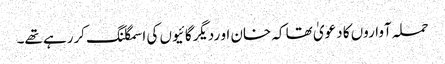
حملہ آواروں کا دعویٰ تھا کہ خان او ردیگرگائیوں کی اسمگلنگ کررہے تھے۔